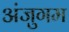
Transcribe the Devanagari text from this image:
अंजुगम